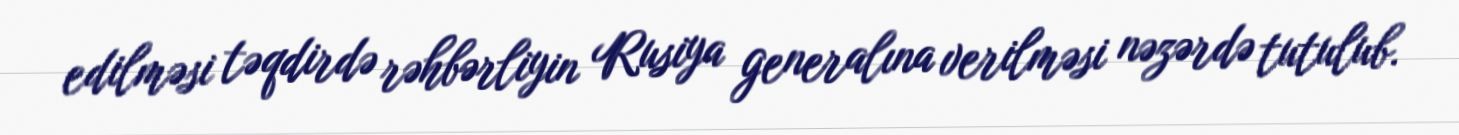
edilməsi təqdirdə rəhbərliyin Rusiya generalına verilməsi nəzərdə tutulub.